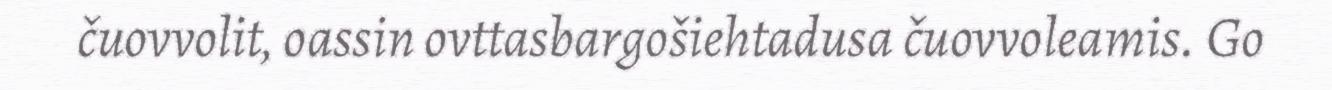
čuovvolit, oassin ovttasbargošiehtadusa čuovvoleamis. Go